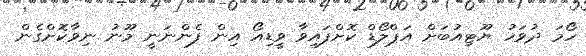
ހޯމަ ދުވަހު ޔޫޓިއުބަށް އަޕްލޯޑް ކޮށްފައިވާ ވީޑިއޯ އިން ފެންނަނީ މޫނު ނިވާކޮށްގެން